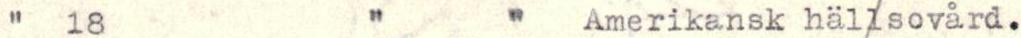
"   18              "        "    Amerikansk hällsovård.